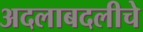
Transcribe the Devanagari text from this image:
अदलाबदलीचे